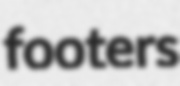
footers